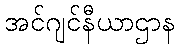
အင်ဂျင်နီယာဌာန